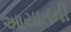
આયાતની